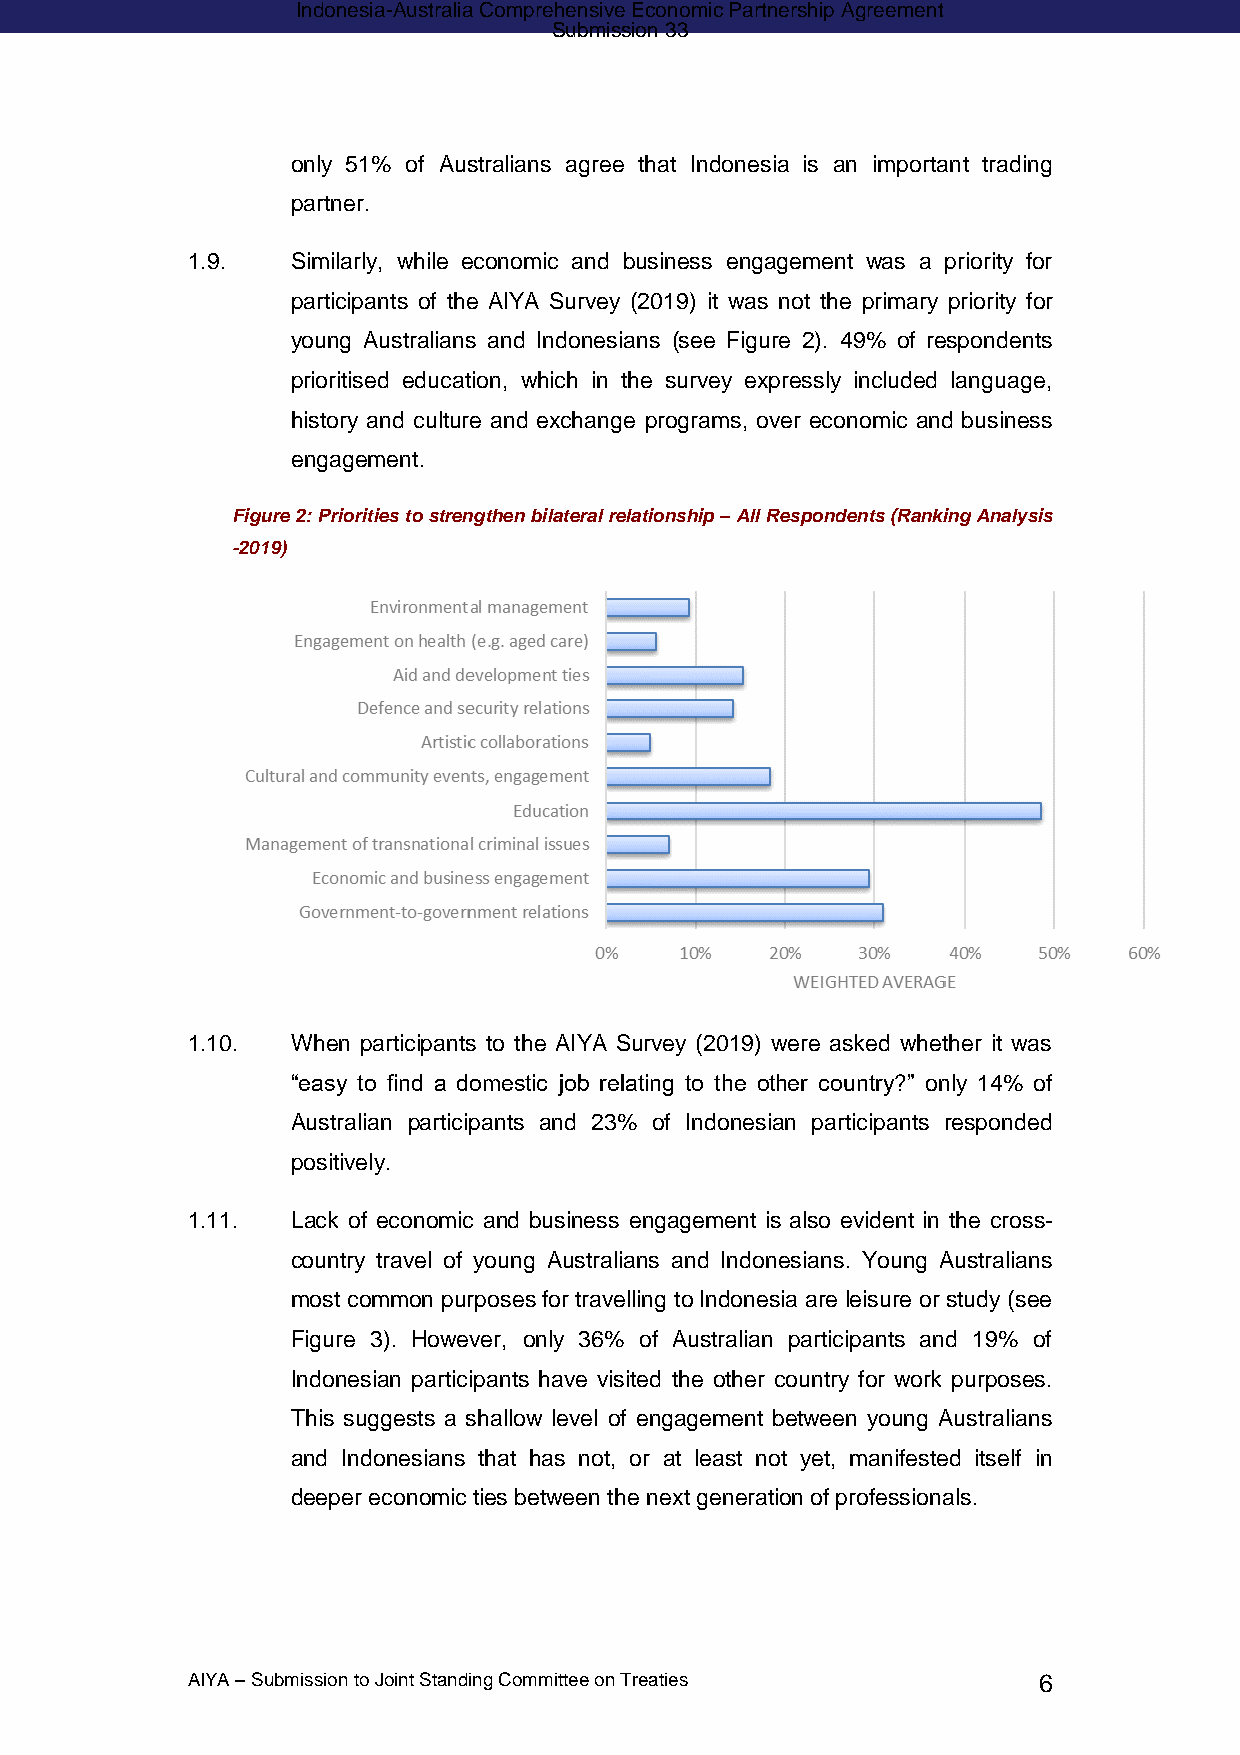
Indonesia-Australia Comprehensive Economic Partnership Agreement
 Submission 33
 only 51% of Australians agree that Indonesia is an important trading
 partner.
 1.9.   Similarly, while economic and business engagement was a priority for
 participants of the AIYA Survey (2019) it was not the primary priority for
 young Australians and Indonesians (see Figure 2). 49% of respondents
 prioritised education, which in the survey expressly included language,
 history and culture and exchange programs, over economic and business
 engagement.
 Figure 2: Priorities to strengthen bilateral relationship – All Respondents (Ranking Analysis
 -2019)
 1.10.  When participants to the AIYA Survey (2019) were asked whether it was
 “easy to find a domestic job relating to the other country?” only 14% of
 Australian participants and 23% of Indonesian participants responded
 positively.
 1.11.  Lack of economic and business engagement is also evident in the cross-
 country travel of young Australians and Indonesians. Young Australians
 most common purposes for travelling to Indonesia are leisure or study (see
 Figure 3). However, only 36% of Australian participants and 19% of
 Indonesian participants have visited the other country for work purposes.
 This suggests a shallow level of engagement between young Australians
 and Indonesians that has not, or at least not yet, manifested itself in
 deeper economic ties between the next generation of professionals.
 AIYA – Submission to Joint Standing Committee on Treaties 6